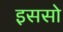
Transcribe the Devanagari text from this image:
इससो